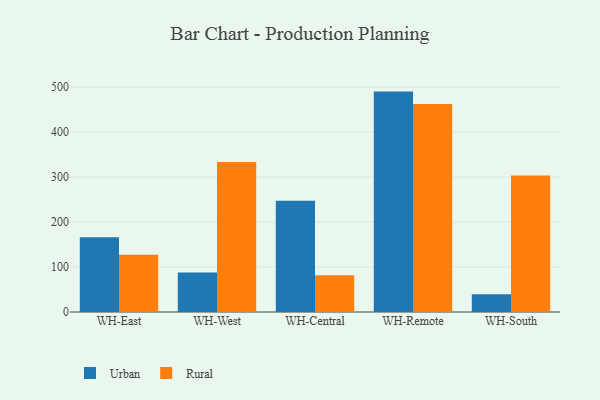
{"axis": {"x": "Warehouse", "y": "Demand Index"}, "legend": ["Rural", "Urban"], "data": [{"x": "WH-East", "y": 166.1, "type": "Urban"}, {"x": "WH-East", "y": 127.6, "type": "Rural"}, {"x": "WH-West", "y": 87.8, "type": "Urban"}, {"x": "WH-West", "y": 333.7, "type": "Rural"}, {"x": "WH-Central", "y": 247.6, "type": "Urban"}, {"x": "WH-Central", "y": 81.6, "type": "Rural"}, {"x": "WH-Remote", "y": 490.3, "type": "Urban"}, {"x": "WH-Remote", "y": 462.5, "type": "Rural"}, {"x": "WH-South", "y": 39.7, "type": "Urban"}, {"x": "WH-South", "y": 303.4, "type": "Rural"}]}